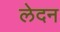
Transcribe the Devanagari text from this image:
लेदन